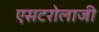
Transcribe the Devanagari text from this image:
एसटरोलाजी